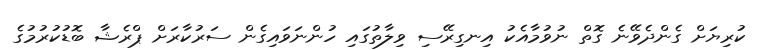
ކުރިޔަށް ގެންދެވޭނެ ގޮތް ނުވުމާއެކު އިނގިރޭސި ވިލާތުގައި ހުންނަވައިގެން ސަރުކާރަށް ޕްރެޝާ ބޮޑުކުރުމުގެ